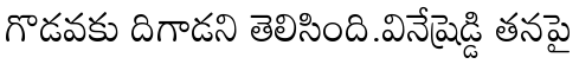
గొడవకు దిగాడని తెలిసింది.వినేష్రెడ్డి తనపై